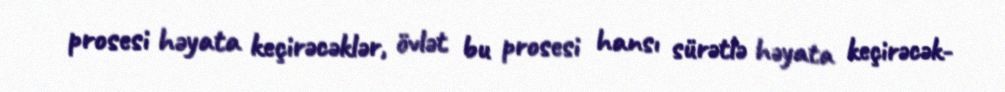
prosesi həyata keçirəcəklər, övlət bu prosesi hansı sürətlə həyata keçirəcək-